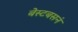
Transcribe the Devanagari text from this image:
बेस्टबसनं